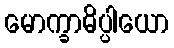
မောက္ခာဓိပ္ပါယော